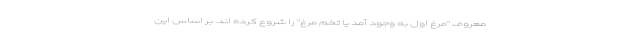
معروف "مرغ اول به وجود آمد یا تخم مرغ" را شروع کرده اند. بر اساس این